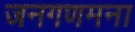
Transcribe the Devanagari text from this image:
जनगणमना